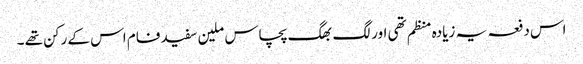
اس دفعہ یہ زیادہ منظم تھی اور لگ بھگ پچاس ملین سفید فام اس کے رکن تھے ۔